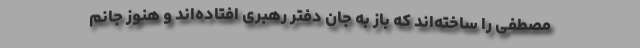
مصطفی را ساخته‌اند که باز به جان دفتر رهبری افتاده‌اند و هنوز جانم